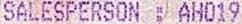
SALESPERSON : AH019